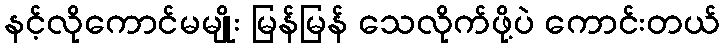
နင့်လိုကောင်မမျိုး မြန်မြန် သေလိုက်ဖို့ပဲ ကောင်းတယ်